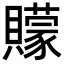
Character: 𮚩